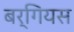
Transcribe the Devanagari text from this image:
बर्गियस